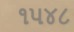
૧૫૪૮